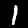
Label: 1